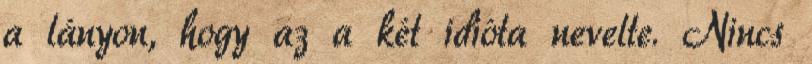
a lányon, hogy az a két idióta nevelte. Nincs